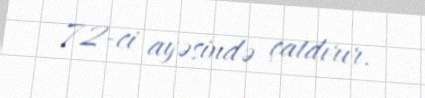
72-ci ayəsində çatdırır.